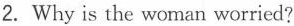
2. Why is the woman worried?